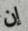
إن